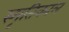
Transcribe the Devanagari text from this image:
स्मृतिकाल